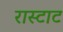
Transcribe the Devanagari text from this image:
रास्टाट